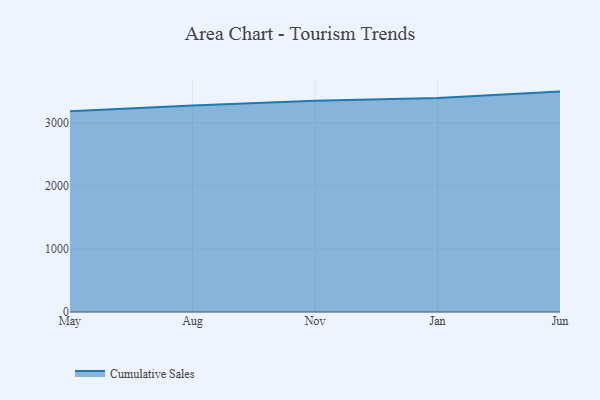
{"axis": {"x": "Month", "y": "Headcount"}, "legend": ["Cumulative Sales"], "data": [{"x": "May", "y": 3186.6, "type": "Cumulative Sales"}, {"x": "Aug", "y": 3277.9, "type": "Cumulative Sales"}, {"x": "Nov", "y": 3354.6, "type": "Cumulative Sales"}, {"x": "Jan", "y": 3396.6, "type": "Cumulative Sales"}, {"x": "Jun", "y": 3498.3, "type": "Cumulative Sales"}]}